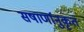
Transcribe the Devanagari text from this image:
सषार्णानुकृत